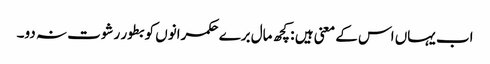
اب یہاں اس کے معنی ہیں : کچھ مال برے حکمرانوں کو بطور رشوت نہ دو۔